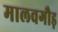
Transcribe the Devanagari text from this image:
मालवगौड़